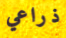
ذراعي